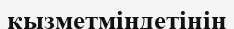
қызметміндетінің